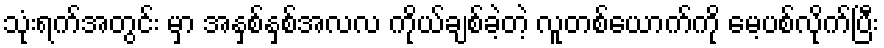
သုံးရက်အတွင်း မှာ အနှစ်နှစ်အလလ ကိုယ်ချစ်ခဲ့တဲ့ လူတစ်ယောက်ကို မေ့ပစ်လိုက်ပြီး